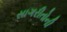
સાગરીતોની